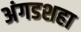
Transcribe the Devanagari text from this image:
अंगडशहा